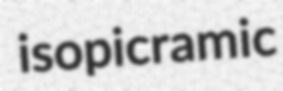
isopicramic